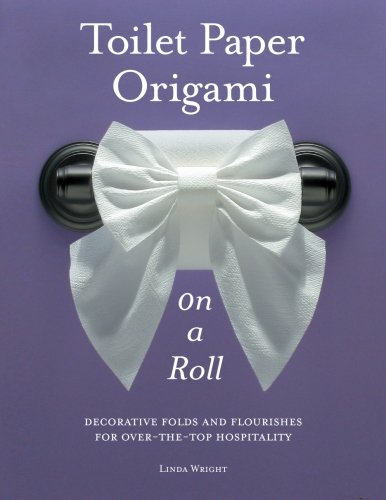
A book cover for Toilet Paper Origami on a Roll: Decorative Folds and Flourishes for Over-the-Top Hospitality; Linda Wright; Business & Money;